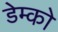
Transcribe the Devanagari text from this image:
डेम्को